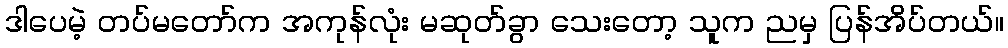
ဒါပေမဲ့ တပ်မတော်က အကုန်လုံး မဆုတ်ခွာ သေးတော့ သူက ညမှ ပြန်အိပ်တယ်။